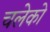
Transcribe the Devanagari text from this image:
चलेको